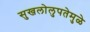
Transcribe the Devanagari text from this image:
सुखलोलुपतेमुळे